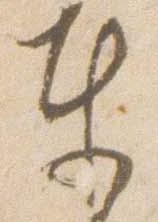
東